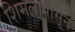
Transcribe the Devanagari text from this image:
शिमलापासून